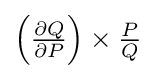
\left({\tfrac {\partial Q}{\partial P}}\right)\times {\tfrac {P}{Q}}